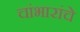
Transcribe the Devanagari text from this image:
चांभारांचे